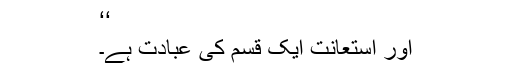
‘‘
اور استعانت ایک قسم کی عبادت ہے۔